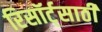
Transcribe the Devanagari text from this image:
रिसॉर्ट्‌साठी